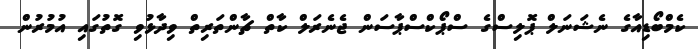
ކެމްބޯޑިއާގެ ނެޝަނަލް ޕޮލިސްގެ ސްޕޯކްސްޕާސަން ޖެނެރަލް ކާތް ޗާންތަރިތް ވިދާޅުވި ގޮތުގައި އުމުރުން